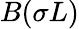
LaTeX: B(\sigma L)